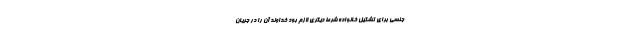
جنسی برای تشکیل خانواده شرط دیگری لازم بود خداوند آن را در جریان